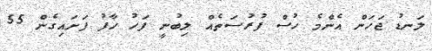
ލަނޑު ޖަހަން އެންމެ ހުސް ފުރުސަތެއް ލިބުނީ ފަހު ހާފު ފަށައިގެން 55